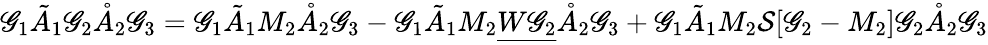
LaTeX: \mathscr{G}_{1}\tilde{{A}}_{1}\mathscr{G}_{2}\mathring{A}_{2}\mathscr{G}_{3}=\mathscr{G}_{1}\tilde{{A}}_{1}M_{2}\mathring{A}_{2}\mathscr{G}_{3}-\mathscr{G}_{1}\tilde{{A}}_{1}M_{2}\underline{{{W\mathscr{G}_{2}}}}\mathring{A}_{2}\mathscr{G}_{3}+\mathscr{G}_{1}\tilde{{A}}_{1}M_{2}\mathcal{{S}}[\mathscr{G}_{2}-M_{2}]\mathscr{G}_{2}\mathring{A}_{2}\mathscr{G}_{3}